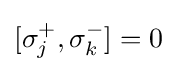
[\sigma _{j}^{+},\sigma _{k}^{-}]=0